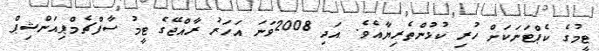
ޓީމުގެ ކެޕްޓަނަކަށް ހުރި ކުޅުންތެރިޔާއެވެ. އަދި 2008ވަނަ އަހަރު ރާއްޖޭގެ ޓީމު ސާފްޗެމްޕިއަންޝިޕް